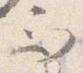
而